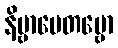
နိဗ္ဗာပေတဗ္ဗော